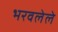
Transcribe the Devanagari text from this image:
भरवलेले